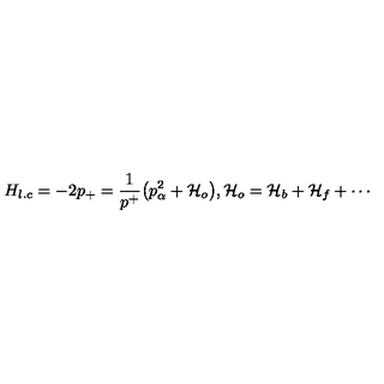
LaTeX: H _ { l . c } = - 2 p _ { + } = { \frac { 1 } { p ^ { + } } } \big ( { p _ { \alpha } ^ { 2 } + { \cal H } _ { o } } \big ) , { \cal H } _ { o } = { \cal H } _ { b } + { \cal H } _ { f } + \cdots